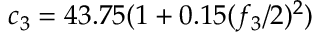
c _ { 3 } = 4 3 . 7 5 ( 1 + 0 . 1 5 ( { f _ { 3 } } / { 2 } ) ^ { 2 } )